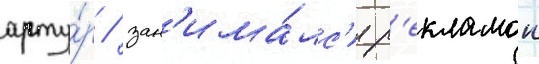
арту́р / зан'има́лс'я р'екламои